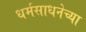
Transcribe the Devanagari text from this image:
धर्मसाधनेच्या